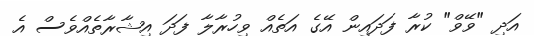
އަދި "ވޭވް" ކުރާ ފަދައިން އޭގެ އަތެއް ވިހުރާލާ ފަދަ އިޝާރާތެއްވެސް އެ